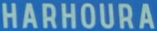
HARHOURA